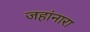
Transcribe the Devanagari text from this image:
जहांनारा